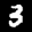
Label: 3